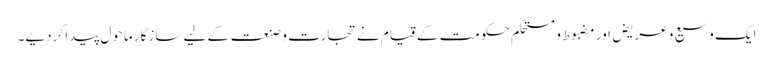
ایک وسیع و عریض اور مضبوط و مستحکم حکومت کے قیام نے تجارت و صنعت کے لیے سازگار ماحول پیدا کر دیے۔